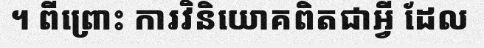
។ ពីព្រោះ ការវិនិយោគពិតជាអ្វី ដែល